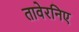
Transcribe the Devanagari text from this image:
तावेरनिए